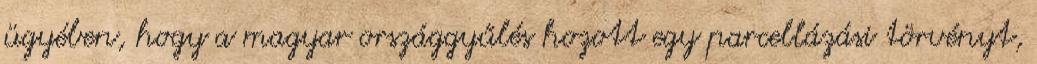
ügyében, hogy a magyar országgyűlés hozott egy parcellázási törvényt,